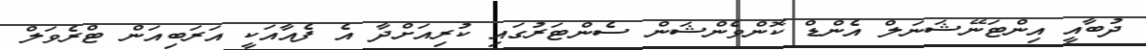
ދުބާއީ އިންޓަނޭޝަނަލް އެންޑް ކޮންވެންޝަން ސެންޓަރުގައި ކުރިއަށްދާ އެ ފެއާއަކީ އަރަބިއަން ޓްރެވަލް